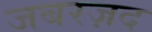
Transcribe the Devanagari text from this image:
जबरज़द